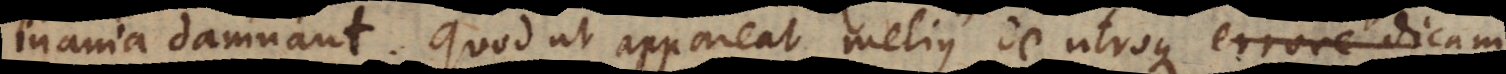
inania damnant. Quod ut appareat melius de utroque politic